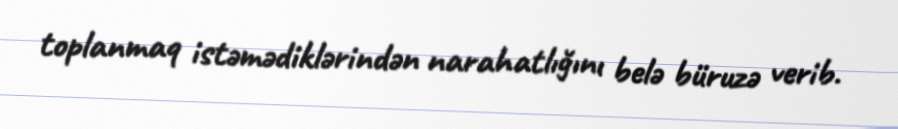
toplanmaq istəmədiklərindən narahatlığını belə büruzə verib.